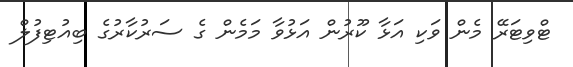
ޓްވިޓަރޭ މެން ވަކި އަޅާ ކޫރުން އަޅުވާ މަމެން ގެ ސަރުކާރުގެ ބިއުޓިފުލް